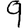
Digit: 9